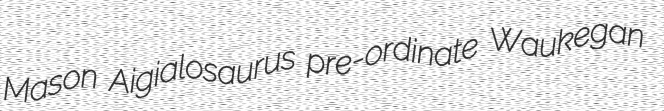
Mason Aigialosaurus pre-ordinate Waukegan